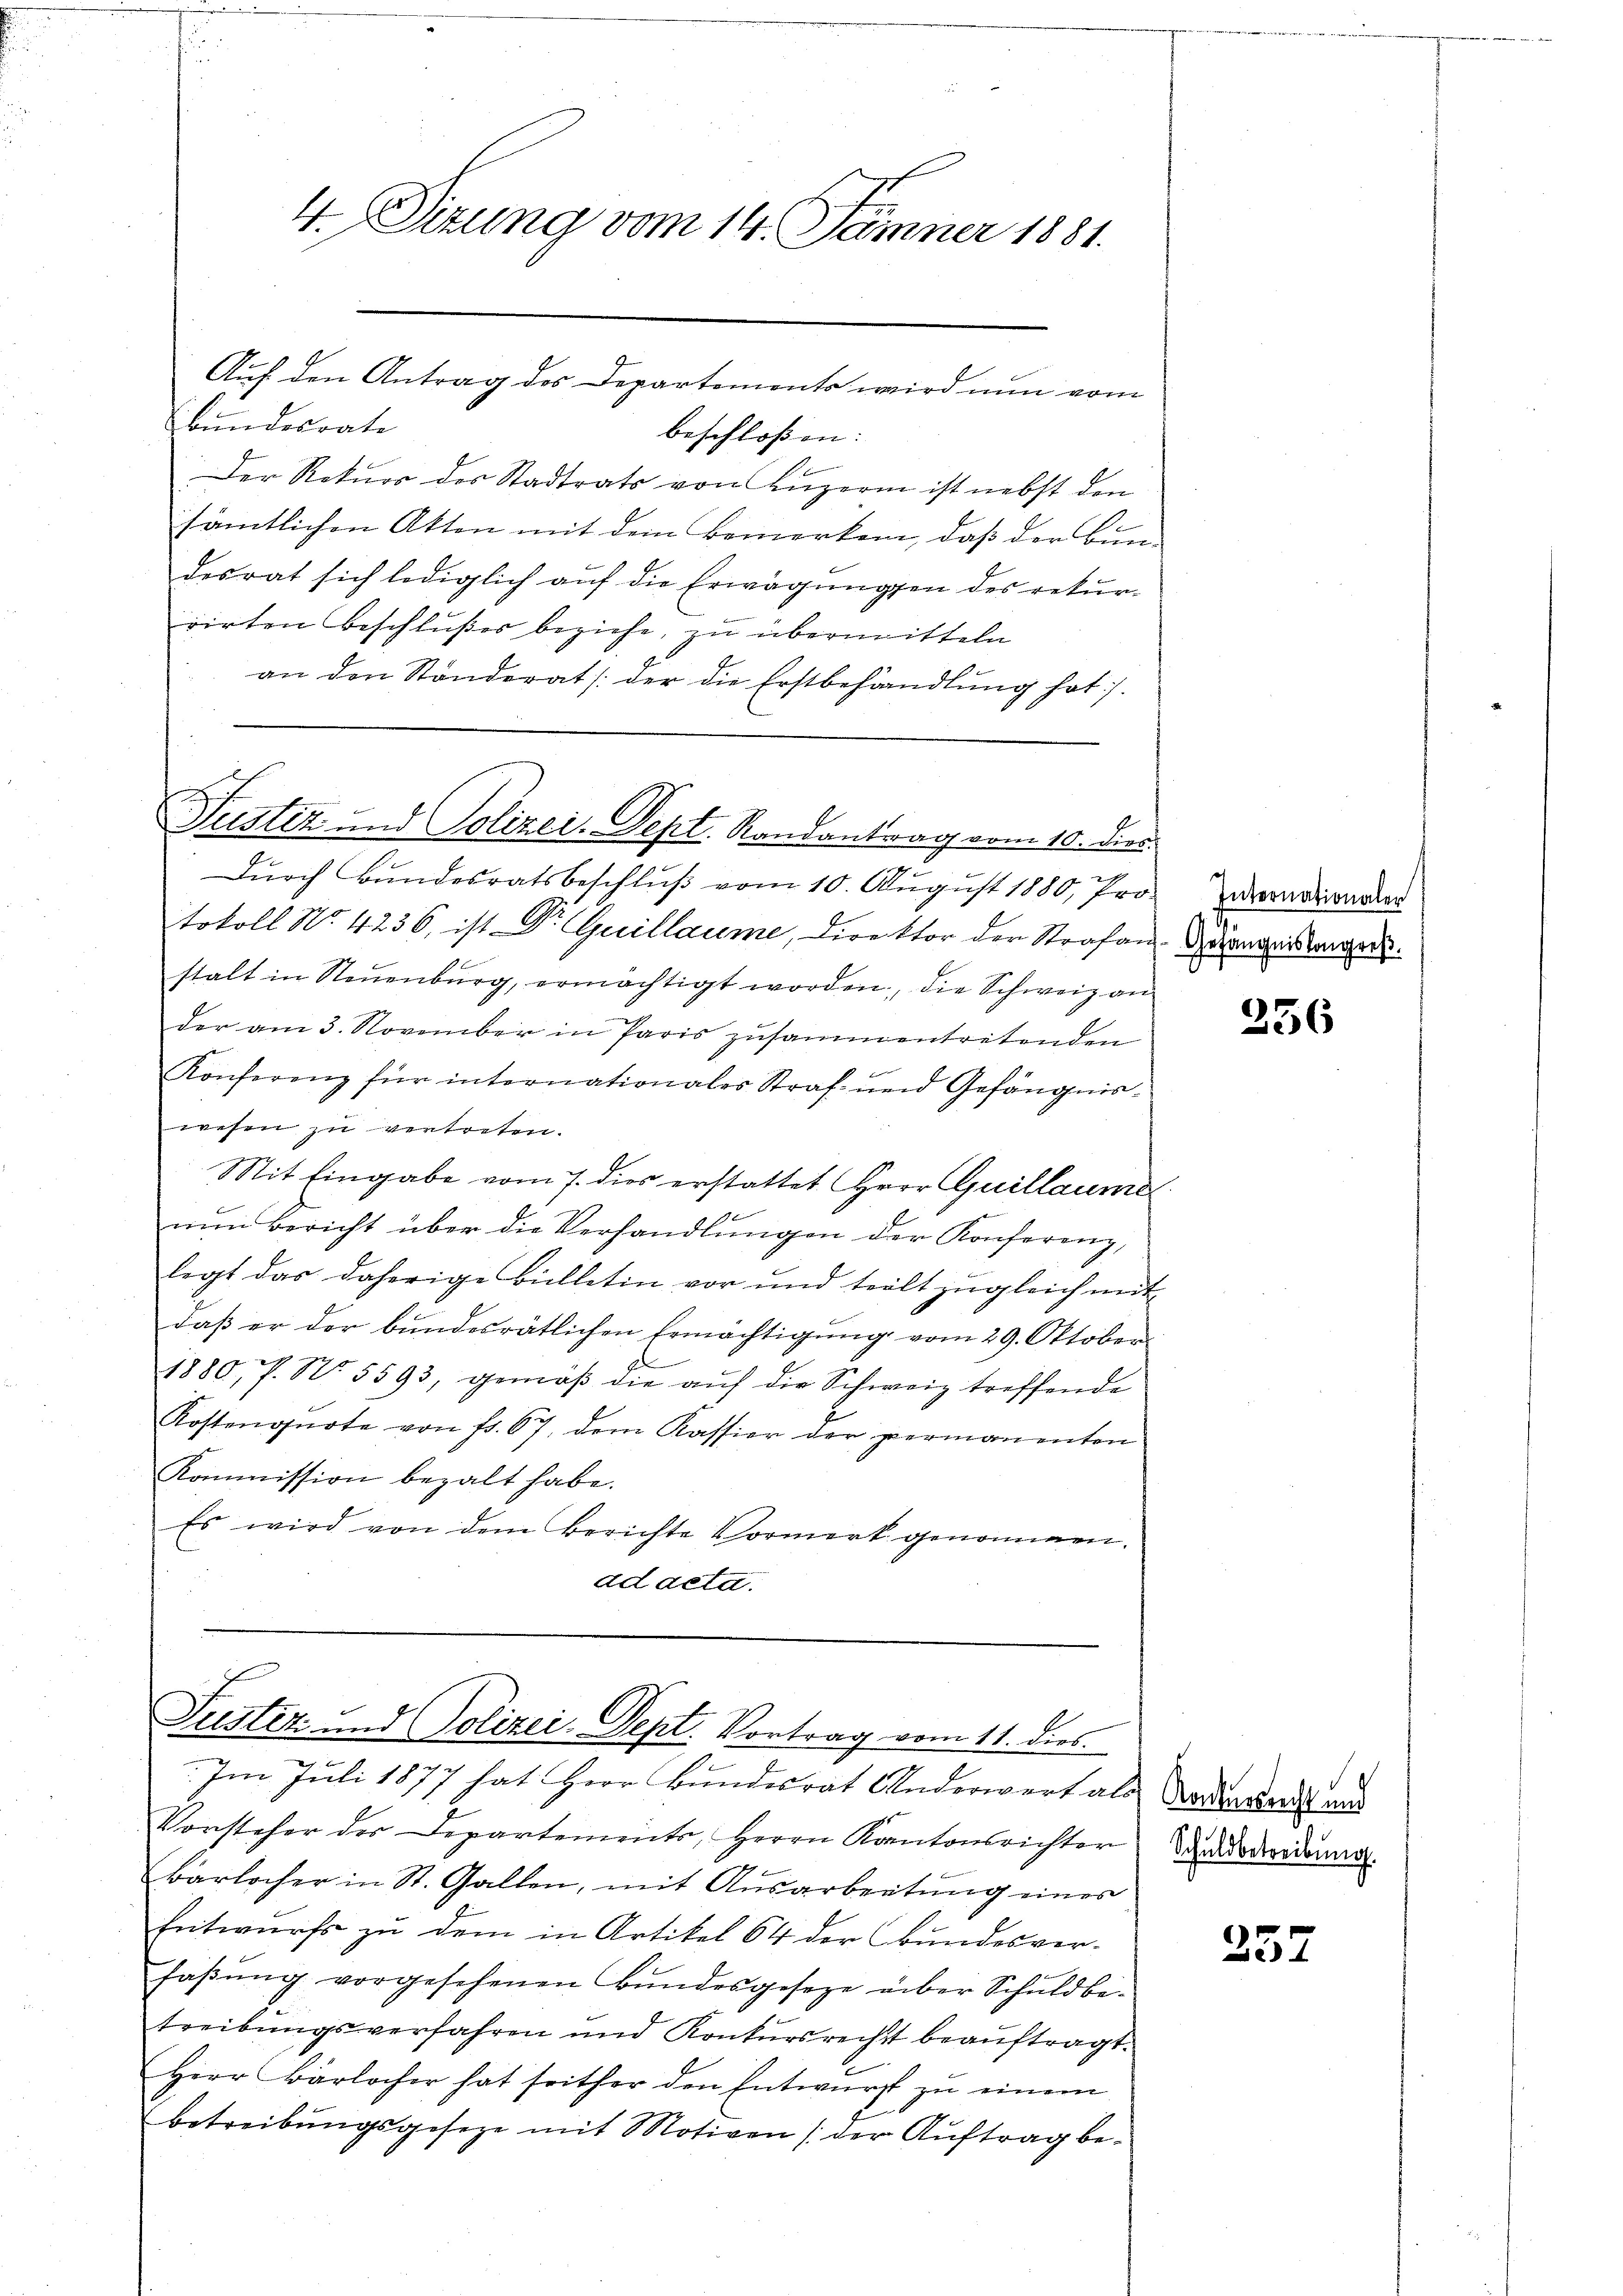
4. Sizung vom 14. Jänner 1881.

bundesrate
beschloßen:
Der Rekurs des Stadtrats von Luzern ist nebst den
sämtlichen Akten mit dem Bemerken, daß der Bun-
desrat sich lediglich auf die Erwägungen des rekur-
rirten Beschlußes beziehe, zu übermitteln
an den Ständerat /: der die Erstbehandlŭng hat.

Auf den Antrag des Departements wird nun vom

Justiz und Polizei.Sept. Randantrag vom 10. dies
h
Durch Bundesratsbeschluß vom 10. August 1880, Pro¬

tokoll No. 4236, ist Dr Guillaume, Direktor der Strafan
stalt in Neuenburg, ermächtigt worden, die Schweiz an
der am 3. November in Paris zusammentretenden
Konferenz für internationales Straf- und Gefängnis-
wesen zu vertreten.
Mit Eingabe vom 7. dies erstattet Herr Quillaume
nun Bericht über die Verhandlungen der Konferenz,
legt das daherige Bülletin vor und teilt zŭgleich mit-
daβ er der bundesrätlichen Ermächtigŭng vom 29. Oktober
1880, P. Nr. 5593, gemäβ die aŭf die Schweiz treffende
Kostenquote von fr. 67, dem Kassier der permanenten
Kommission bezalt habe.
Es wird von dem Berichte Vormerk genommen.
ad acta.

Justiz- und Polizei. Sept. Vortrag vom 11. dies
Im Juli 1877 hat Herr Bundesrat Anderwert als Vorden werde und

Vorsteher der Departements, Herrn Kantonsrichter
Bärlocher in St. Gallen, mit Ausarbeitung eines
Entwurfs zu dem in Artikel 64 der Bundesver-
faβŭng vorgesehenen Bŭndesgesetze über Schuldbe-
treibungsverfahren und Konkursrecht beauftragt.
Herr Bärlocher hat seither den Entwurf zu einem
betreibŭngsgeseze mit Motiven (der Aŭftrag be-

Internationaler
Gefängniskongreß.

256

Schuldbetreibung.

257